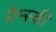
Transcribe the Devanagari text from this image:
ग्रैम्स्की